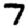
Digit: 7